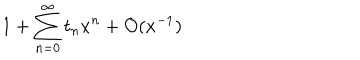
1 + \sum _ { n = 0 } ^ { \infty } t _ { n } x ^ { n } + { \cal O } ( x ^ { - 1 } )